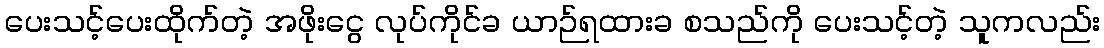
ပေးသင့်ပေးထိုက်တဲ့ အဖိုးငွေ လုပ်ကိုင်ခ ယာဉ်ရထားခ စသည်ကို ပေးသင့်တဲ့ သူကလည်း